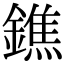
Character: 鐎